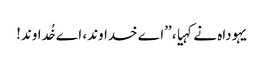
یہوداہ نے کہیا، ’’اے خداوند، اے خُداوند!